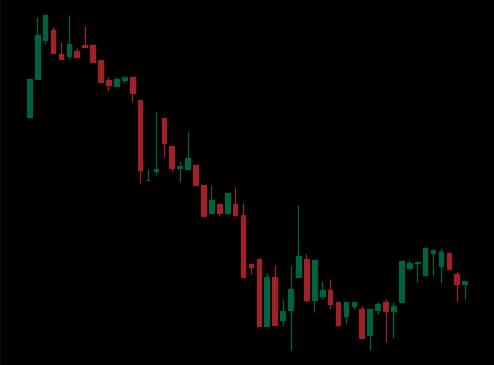
Pattern: bull_flag